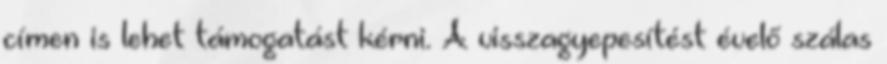
címen is lehet támogatást kérni. A visszagyepesítést évelő szálas